Scottish Leaving Certificate Examination, 1955
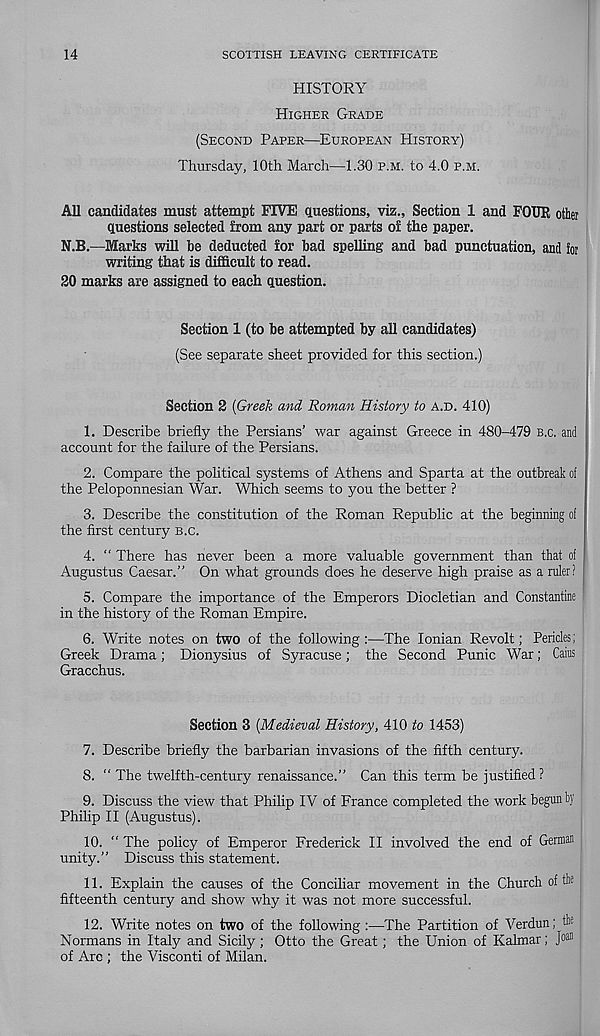
14
SCOTTISH LEAVING CERTIFICATE
HISTORY
HIGHER GRADE
(SECOND PAPER—EUROPEAN HISTORY)
Thursday, 10th March—1.30 P.M. to 4.0 P.M.
All candidates must attempt FIVE questions, viz., Section 1 and FOUR other
questions selected from any part or parts of the paper.
N.B.—Marks will be deducted for bad spelling and bad punctuation, and for
writing that is difficult to read.
20 marks are assigned to each question.
Section 1 (to be attempted by all candidates)
(See separate sheet provided for this section.)
Section 2 {Greek and Roman History to A.D. 410)
1. Describe briefly the Persians’ war against Greece in 480-479 B.c. and
account for the failure of the Persians.
2. Compare the political systems of Athens and Sparta at the outbreak of
the Peloponnesian War. Which seems to you the better ?
3. Describe the constitution of the Roman Republic at the beginning of
the first century B.C.
4. “ There has never been a more valuable government than that of
Augustus Caesar.” On what grounds does he deserve high praise as a ruler?
5. Compare the importance of the Emperors Diocletian and Constantine
in the history of the Roman Empire.
6. Write notes on two of the following:—The Ionian Revolt; Perides;
Greek Drama; Dionysius of Syracuse; the Second Punic War; Cains
Gracchus.
Section 3 {Medieval History, 410 to 1453)
7. Describe briefly the barbarian invasions of the fifth century.
8. “ The twelfth-century renaissance.” Can this term be justified ?
9. Discuss the view that Philip IV of France completed the work begun by
Philip II (Augustus).
10. “ The policy of Emperor Frederick II involved the end of German
unity.” Discuss this statement.
11. Explain the causes of the Conciliar movement in the Church of the
fifteenth century and show why it was not more successful.
12. Write notes on two of the following :—The Partition of Verdun; ^
Normans in Italy and Sicily; Otto the Great; the Union of Kalmar; Jo 81
of Are ; the Visconti of Milan.